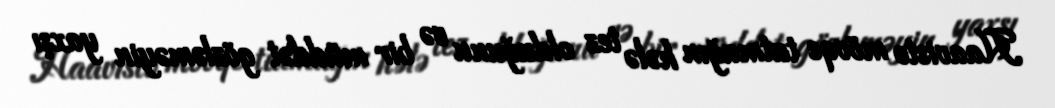
Haavisto mövqe tutmağın hələ tez olduğunu və bir müddət gözləməyin yaxşı